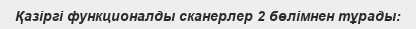
Қазіргі функционалды сканерлер 2 бөлімнен тұрады: